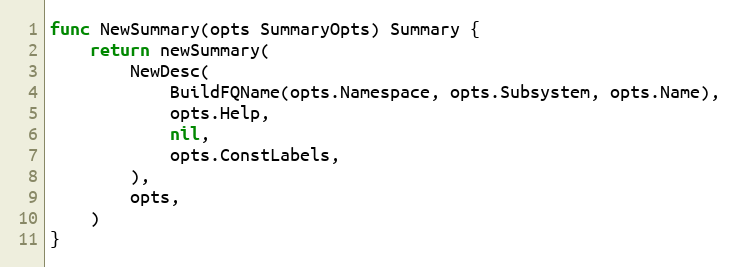
Language: Go
func NewSummary(opts SummaryOpts) Summary {
	return newSummary(
		NewDesc(
			BuildFQName(opts.Namespace, opts.Subsystem, opts.Name),
			opts.Help,
			nil,
			opts.ConstLabels,
		),
		opts,
	)
}